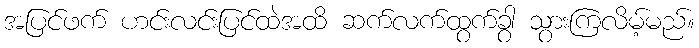
အပြင်ဖက် ဟင်းလင်းပြင်ထဲအထိ ဆက်လက်ထွက်ခွာ သွားကြလိမ့်မည်။